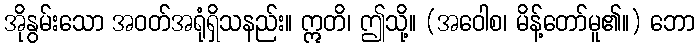
အိုနွမ်းသော အဝတ်အရုံရှိသနည်း။ ဣတိ၊ ဤသို့။ (အဝေါစ၊ မိန့်တော်မူ၏။) ဘော